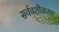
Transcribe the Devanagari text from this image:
सर्ववशीकरण